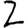
Digit: 2